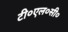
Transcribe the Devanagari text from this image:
टी०एल०सी०